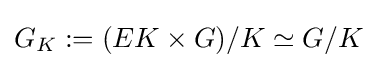
G_{K}:=(EK\times G)/K\simeq G/K